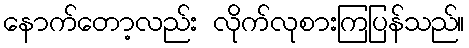
နောက်တော့လည်း လိုက်လုစားကြပြန်သည်။